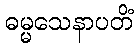
ဓမ္မသေနာပတိံ